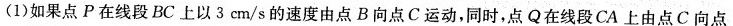
(1)如果点P在线段BC上以3cm/s的速度由点B向点C运动，同时，点Q在线段CA上由点C向点